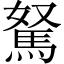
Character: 駑